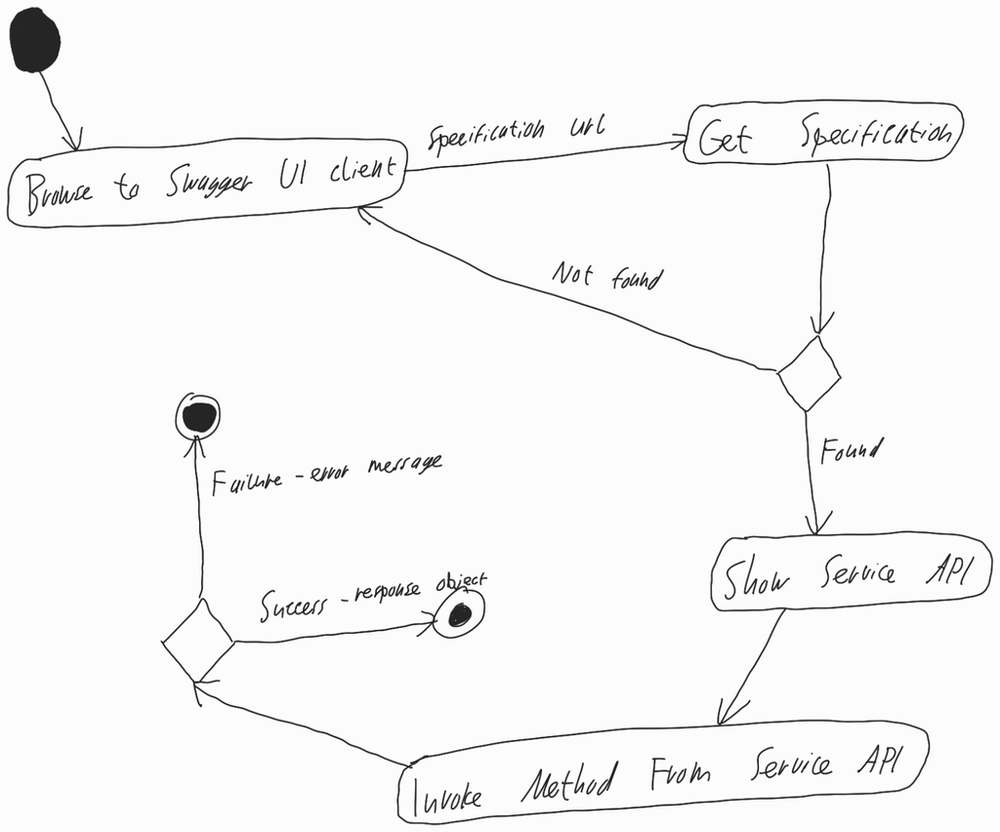
Diagram type: activity_diagram
```plantuml
@startuml

start

repeat:Browse to Swagger UI client;
  -> Specification url;
  :Get Specification;
repeat while () is (Not found) not (Found)

:Show Service API;

:Invoke Method From Service API;

if () then (Success - response object)
  stop
else (Failure - error message)
  stop
endif

@enduml
```